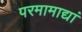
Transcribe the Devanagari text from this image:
परमामाद्यां